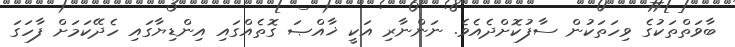
ބާވަތްތަކުގެ ވިހަތަކުން ސާފުކޮށްދެއެވެ. ނަންނާރި އަކީ ޚާއްޞަ ގޮތެއްގައި އިންޑިޔާގައި ހެދޭކަމަށް ފާހަގަ